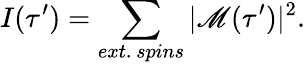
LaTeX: I(\tau^{\prime})=\sum_{ext.\, spins}|\mathscr{M}(\tau^{\prime})|^{2}.